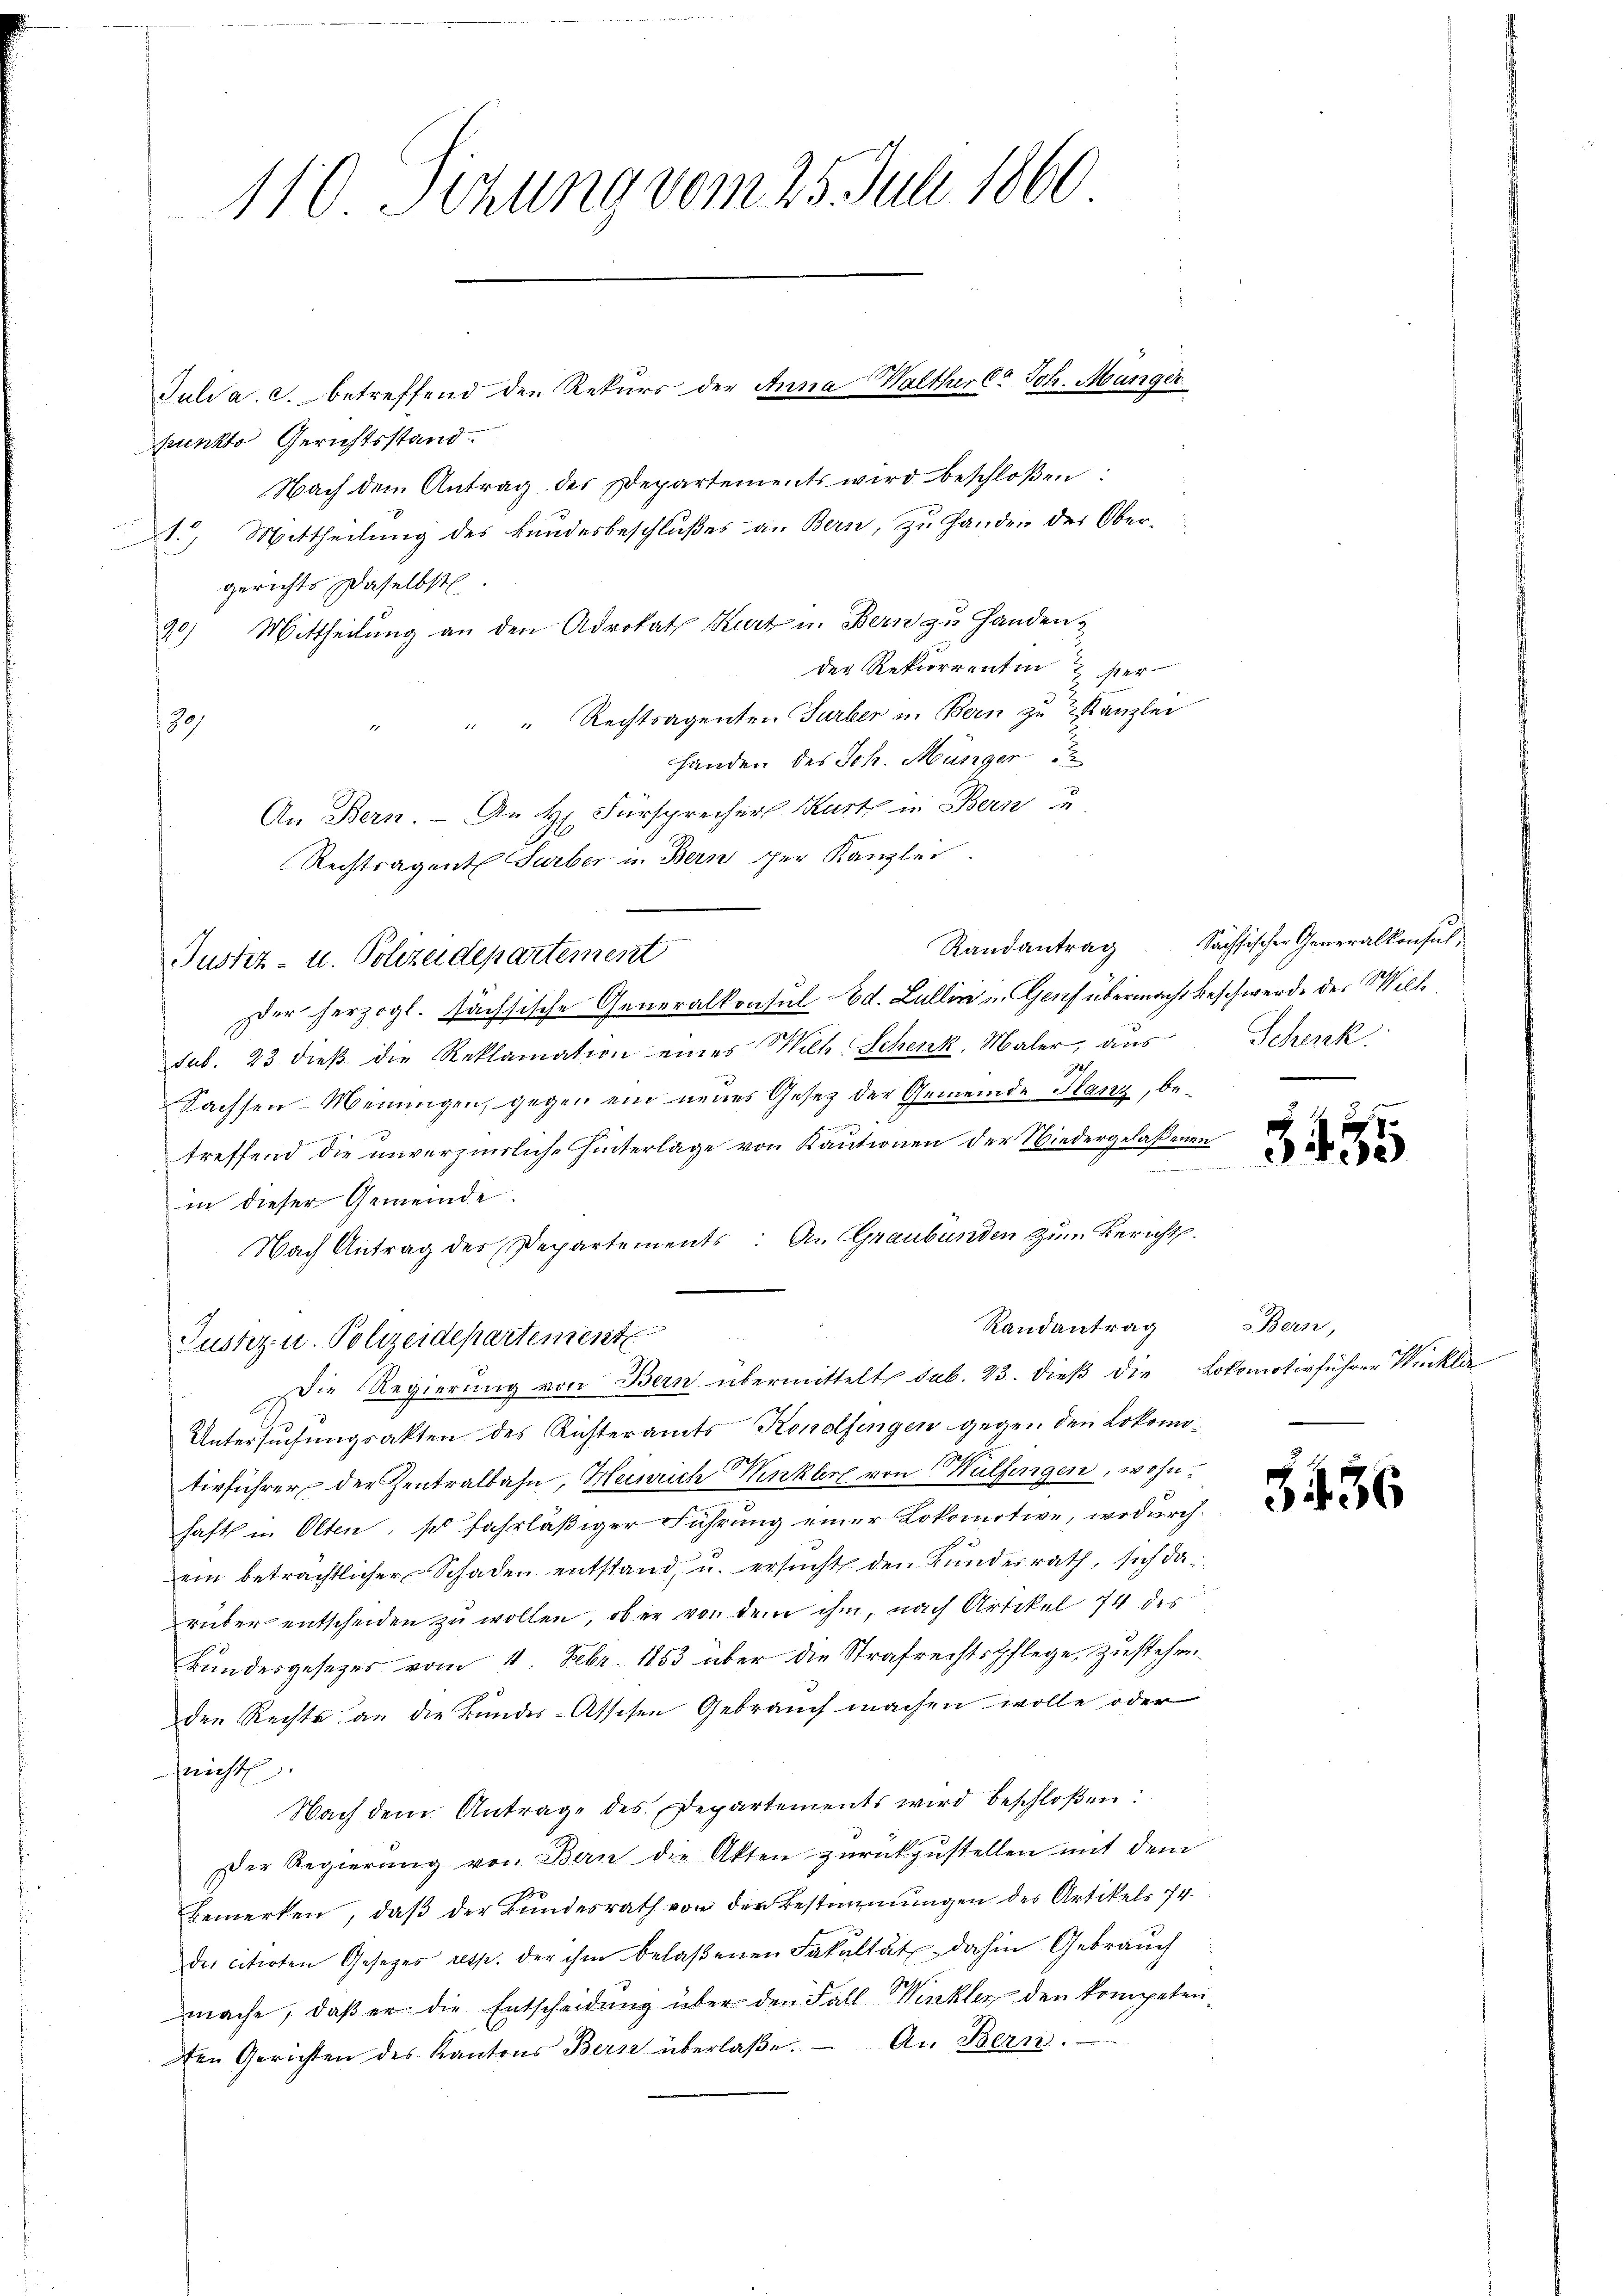
punkto Gerichtsstand.
Nach dem Antrag der Departements wird beschloßen:
1.) Mittheilung des Bundesbeschlußes an Bern, zu Handen des Obergerichts daselbst
90) Mittheilung an den Advokath Kurt u. Bern zu Handen
der Rekurrentin & her
" Rechtragenten Turber in Bern zu Kanzlei
189
Handen des Joh. Münger
An Bern. – An H. Fürsprecher Karth in Bern u
Rechtsagent Surber in Bern per Kanzlei
Der herzogl. sächsische Generalkonsul Bd. Lullin in Genf übermacht beschwerde der Willesub. 23 dieβ die Reklamation eines Mich Schenk, Maler, aus Schenk
Sachsen-Meinungen, gegen ein neues Gesetz der Gemeinde Glanz, be¬
.
treffend die unverzierliche Hinterlage von Kautionen der Wiedergelaßenen
in dieser Gemeinde.
Nach Antrag des Departements: An Graubünden zum Bericht.
Randantrag
Justiz u. Polizeidepartement
Die Regierung von Bern übermittelt sub. 23. dieß die
Untersuchungsakten des Rüsteramts Konolfingen gegen den Lokomotivführer der Zentralbahn, Heinrich Winkler von Wülfingen, wohnhaft in Olten, so fahrläßiger Führung einer Lokomotive, wodurch
ein beträchtlicher Schaden entstand, u. ersucht den Bundesrath, sich darüber entscheiden zu wollen, ob er von dem ihm, nach Artikel 74 des
Bundesgesezes vom 1. Febr. 1853 über die Strafrechtspflege, zustehen.
den Rechte an die Bundes-Atschen Gebrauch machen wolle oder
dricht
Nach dem Antrage des Departements wird beschloßen:
Der Regierŭng von Bern die Akten zurückzustellen mit dem
Bemerken, daß der Bundesrath von den Bestimmungen des Artikels 74
des citirten Gesetzes resp. der ihm belaßenen Fakultät dahin Gebrauch
mache, daß er die Entscheidung über den Fall Winkler den kompeten
ten Gerichten des Kantons Bern überlaβe. An Bern.

110 Sitzung vom 25. Juli 1860

Justiz- u. Polizeidepartement

Juli a. c. betreffend den Rekurs der Anna Walther l. Joh. Manger

Randantrag Sächsischer Generalkonsul,

3435

Bern,
Lokomotivführer Winkler

5436